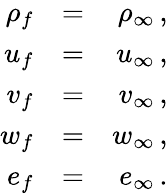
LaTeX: \begin{array}{rlr}{{\rho_{f}}}&{{=}}&{{\rho_{\infty}\, \mathrm{,}}}\\ {{u_{f}}}&{{=}}&{{u_{\infty}\, \mathrm{,}}}\\ {{v_{f}}}&{{=}}&{{v_{\infty}\, \mathrm{,}}}\\ {{w_{f}}}&{{=}}&{{w_{\infty}\, \mathrm{,}}}\\ {{e_{f}}}&{{=}}&{{e_{\infty}\, \mathrm{.}}}\end{array}